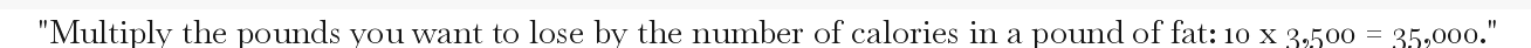
"Multiply the pounds you want to lose by the number of calories in a pound of fat: 10 x 3,500 = 35,000."